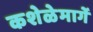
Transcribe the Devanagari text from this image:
कशेळेमार्गे